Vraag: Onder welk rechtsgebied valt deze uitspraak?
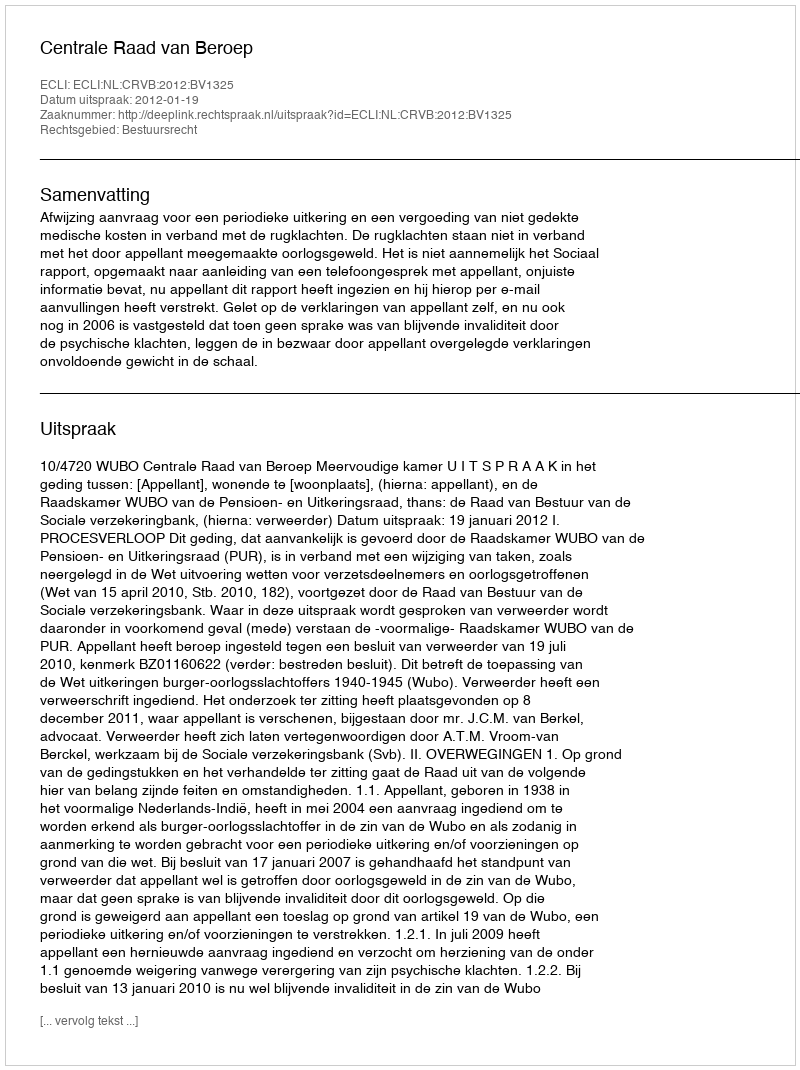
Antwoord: Bestuursrecht